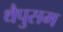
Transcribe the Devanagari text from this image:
थैपुसम